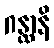
ဂန္ထာနိ